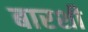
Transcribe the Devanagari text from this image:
बारशी